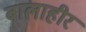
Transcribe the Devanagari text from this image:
बालाहीर